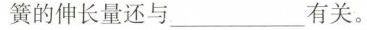
簧的伸长量还与 ___ 有关。